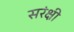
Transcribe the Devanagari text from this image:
सरंक्षी